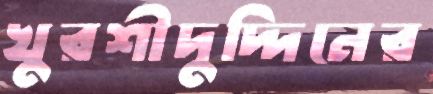
খুরশীদুদ্দিনের